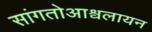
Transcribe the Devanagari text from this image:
सांगतोआश्वलायन